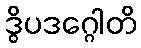
ဒွိပဒဂ္ဂေါတိ